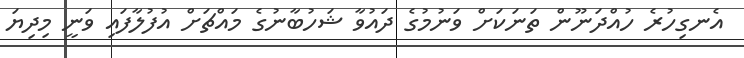
އެނގިހުރެ ހުއްދަނޫން ތަނަކަށް ވަނުމުގެ ދައުވާ ޝަހުބާނުގެ މައްޗަށް އުފުލާފައި ވަނީ މިދިޔަ